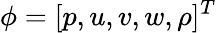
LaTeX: \phi=[p,u,v,w,\rho]^{T}